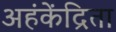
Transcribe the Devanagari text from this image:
अहंकेंद्रिता